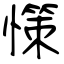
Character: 憡